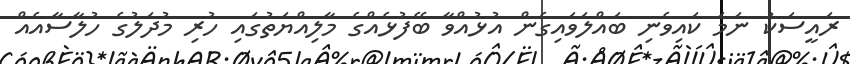
ރައީސަކު ނަމަ ކައިވެނި ބައްލަވައިގެން އުޅުއްވާ ބޭފުޅެއްގެ މާލިއްޔަތުގައި ހުރި މުދަލުގެ ހުލާސާއެއް